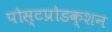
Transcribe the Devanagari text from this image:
पोस्टप्रोडक्शन